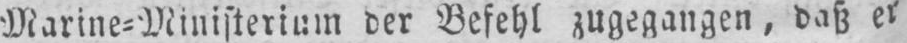
der Befehl zugegangen, daß er